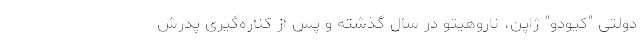
دولتی "کیودو" ژاپن، ناروهیتو در سال گذشته و پس از کناره‌گیری پدرش